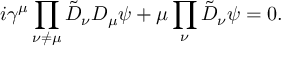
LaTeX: i \gamma ^ { \mu } \prod _ { \nu \ne \mu } \tilde { D } _ { \nu } D _ { \mu } \psi + \mu \prod _ { \nu } \tilde { D } _ { \nu } \psi = 0 .